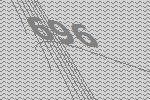
696